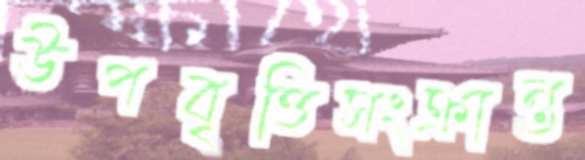
উপবৃত্তিসংক্রান্ত